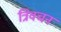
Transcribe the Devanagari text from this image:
त्रिवचन